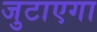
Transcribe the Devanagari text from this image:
जुटाएगा